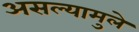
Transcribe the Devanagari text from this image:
असल्यामुले